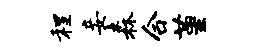
程妾森合堇